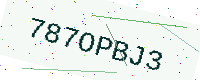
Text: 787OPBJ3